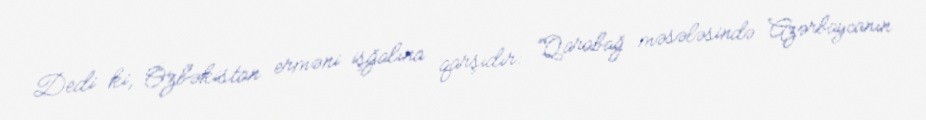
Dedi ki, Özbəkistan erməni işğalına qarşıdır: “Qarabağ məsələsində Azərbaycanın